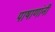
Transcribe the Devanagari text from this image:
पाषाणांनी